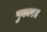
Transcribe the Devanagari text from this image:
पुकारत